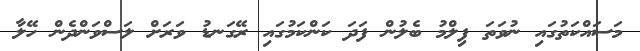
މަސައްކަތުގައި ނުވަތަ ފިލްމު ބެލުން ފަދަ ކަންކަމުގައި ރޭގަނޑު ވަރަށް ލަސްވަންދެން ހޭލާ